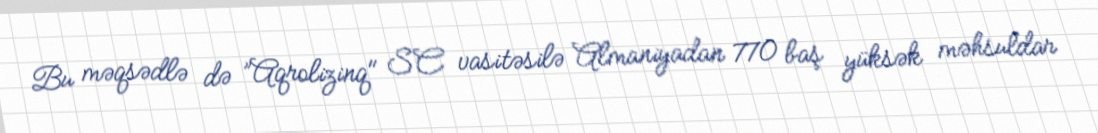
Bu məqsədlə də ”Aqrolizinq" SC vasitəsilə Almaniyadan 770 baş yüksək məhsuldar